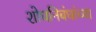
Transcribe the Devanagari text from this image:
शोधनिबंधांच्या